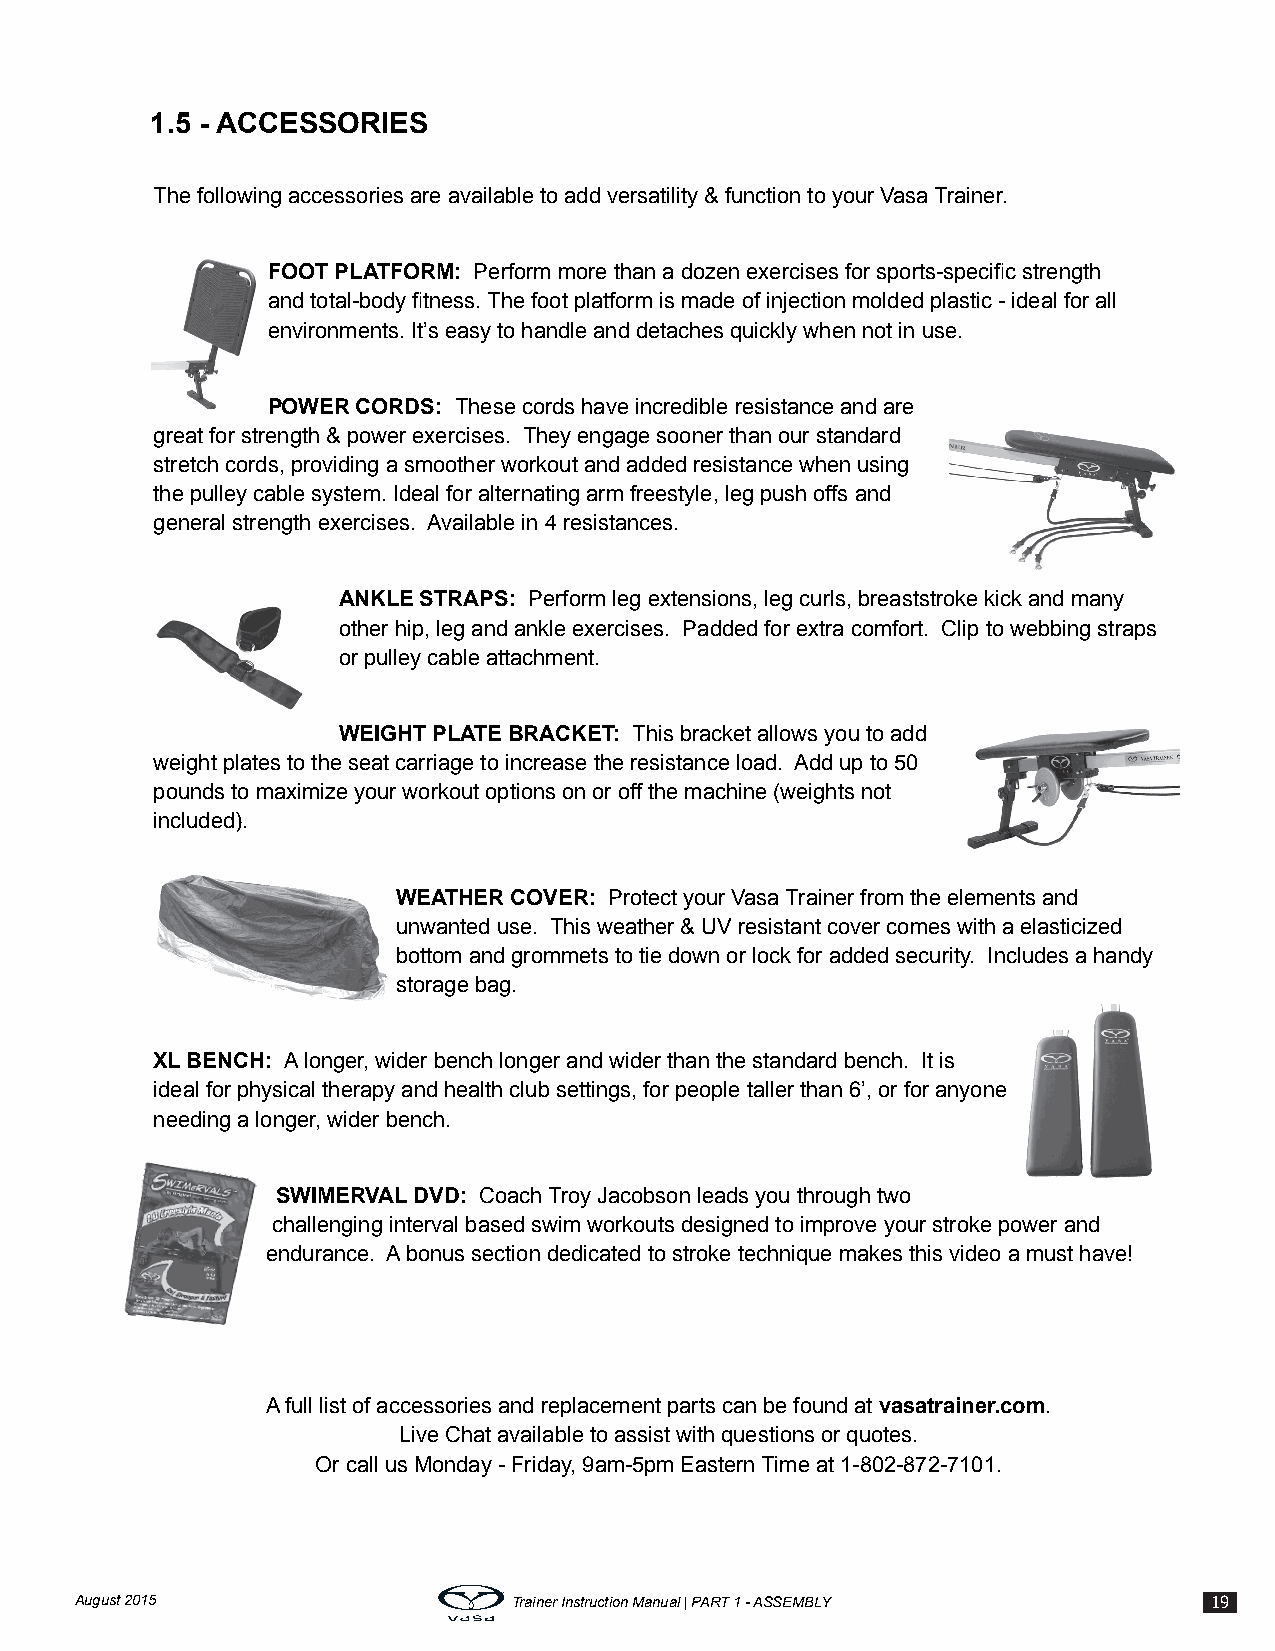
1.5 - ACCESSORIES
 The following accessories are available to add versatility & function to your Vasa Trainer.
 FOOT PLATFORM: Perform more than a dozen exercises for sports-specific strength
 and total-body fitness. The foot platform is made of injection molded plastic - ideal for all
 environments. It’s easy to handle and detaches quickly when not in use.
 POWER CORDS: These cords have incredible resistance and are
 great for strength & power exercises. They engage sooner than our standard
 stretch cords, providing a smoother workout and added resistance when using
 the pulley cable system. Ideal for alternating arm freestyle, leg push offs and
 general strength exercises. Available in 4 resistances.
 ANKLE STRAPS: Perform leg extensions, leg curls, breaststroke kick and many
 other hip, leg and ankle exercises. Padded for extra comfort. Clip to webbing straps
 or pulley cable attachment.
 WEIGHT PLATE BRACKET: This bracket allows you to add
 weight plates to the seat carriage to increase the resistance load. Add up to 50
 pounds to maximize your workout options on or off the machine (weights not
 included).
 WEATHER COVER: Protect your Vasa Trainer from the elements and
 unwanted use. This weather & UV resistant cover comes with a elasticized
 bottom and grommets to tie down or lock for added security. Includes a handy
 storage bag.
 XL BENCH: A longer, wider bench longer and wider than the standard bench. It is
 ideal for physical therapy and health club settings, for people taller than 6’, or for anyone
 needing a longer, wider bench.
 SWIMERVAL DVD: Coach Troy Jacobson leads you through two
 challenging interval based swim workouts designed to improve your stroke power and
 endurance. A bonus section dedicated to stroke technique makes this video a must have!
 A full list of accessories and replacement parts can be found at vasatrainer.com.
 Live Chat available to assist with questions or quotes.
 Or call us Monday - Friday, 9am-5pm Eastern Time at 1-802-872-7101.
 August 2015                  Trainer Instruction Manual | PART 1 - ASSEMBLY 19